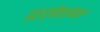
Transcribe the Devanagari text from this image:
इंटरनॆशनल